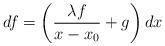
LaTeX: \begin{align*}df = \left( \frac{\lambda f}{x-x_0} + g \right) dx\end{align*}